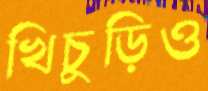
খিচুড়িও